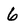
Character: 6